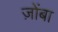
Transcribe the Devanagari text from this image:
ज़ोंबा